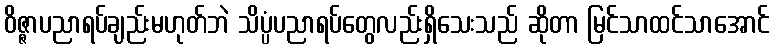
ဝိဇ္ဇာပညာရပ်ချည်းမဟုတ်ဘဲ သိပ္ပံပညာရပ်တွေလည်းရှိသေးသည် ဆိုတာ မြင်သာထင်သာအောင်